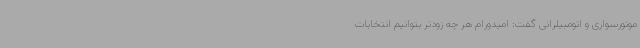
موتورسواری و اتومبیلرانی گفت: امیدورام هر چه زودتر بتوانیم انتخابات